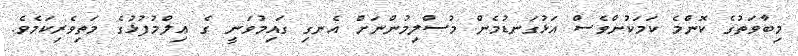
މިބާވަތުގެ ކޮންމެ ކަމަކުންވެސް އަޅުގަނޑުމެން މުސްލިމުންނަށް އެނގި ގައިމުވަނީ ގެ ޢިލްމުފުޅުގެ މަތިވެރިކަމެވެ.